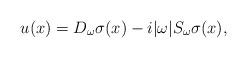
LaTeX: \begin{align*}u(x) = D_\omega \sigma(x) - i|\omega| S_\omega \sigma(x),\end{align*}